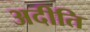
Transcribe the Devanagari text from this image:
अदीति